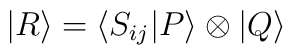
|R\rangle=\langle S_{ij}|P\rangle\otimes |Q\rangle